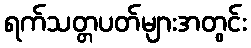
ရက်သတ္တပတ်များအတွင်း